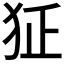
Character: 𤜺